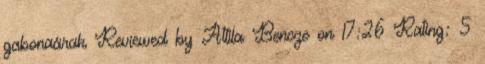
gabonaárak Reviewed by Attila Bencze on 17:26 Rating: 5